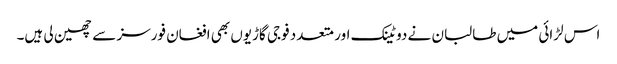
اس لڑائی میں طالبان نے دو ٹینک اور متعدد فوجی گاڑیوں بھی افغان فورسز سے چھین لی ہیں۔